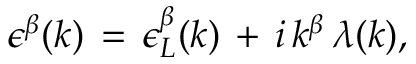
\epsilon ^ { \beta } ( k ) \, = \, \epsilon _ { L } ^ { \beta } ( k ) \, + \, i \, k ^ { \beta } \, \lambda ( k ) ,